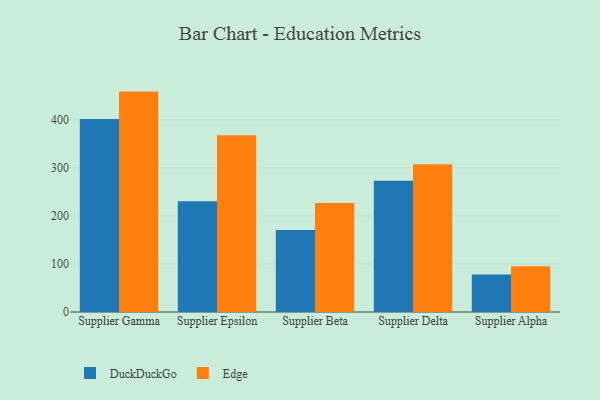
{"axis": {"x": "Supplier", "y": "Net Income (USD K)"}, "legend": ["DuckDuckGo", "Edge"], "data": [{"x": "Supplier Gamma", "y": 401.6, "type": "DuckDuckGo"}, {"x": "Supplier Gamma", "y": 458.8, "type": "Edge"}, {"x": "Supplier Epsilon", "y": 230.4, "type": "DuckDuckGo"}, {"x": "Supplier Epsilon", "y": 367.7, "type": "Edge"}, {"x": "Supplier Beta", "y": 170.9, "type": "DuckDuckGo"}, {"x": "Supplier Beta", "y": 227.1, "type": "Edge"}, {"x": "Supplier Delta", "y": 273.3, "type": "DuckDuckGo"}, {"x": "Supplier Delta", "y": 307.7, "type": "Edge"}, {"x": "Supplier Alpha", "y": 78.0, "type": "DuckDuckGo"}, {"x": "Supplier Alpha", "y": 95.4, "type": "Edge"}]}